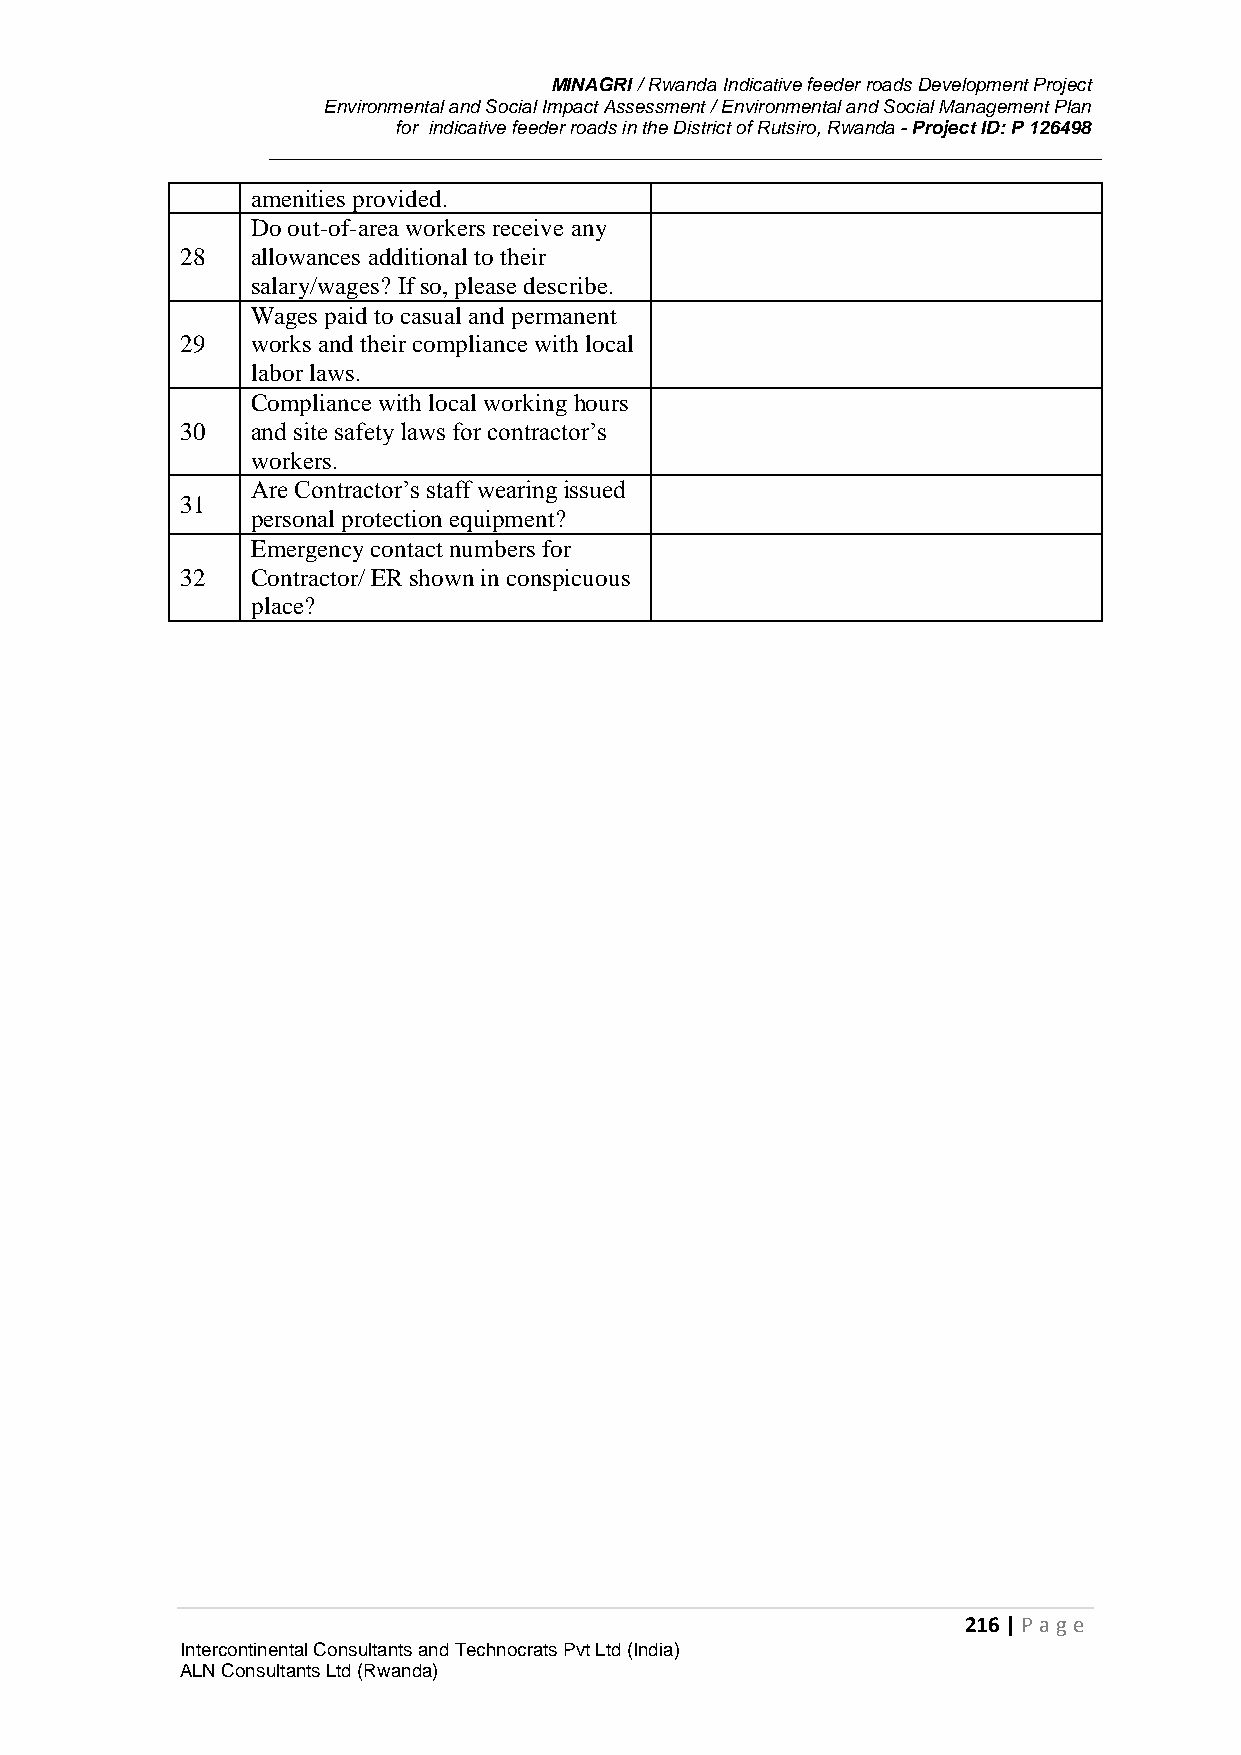
MINAGRI / Rwanda Indicative feeder roads Development Project
 Environmental and Social Impact Assessment / Environmental and Social Management Plan
 for indicative feeder roads in the District of Rutsiro, Rwanda - Project ID: P 126498
 amenities provided.
 Do out-of-area workers receive any
 28   allowances additional to their
 salary/wages? If so, please describe.
 Wages paid to casual and permanent
 29   works and their compliance with local
 labor laws.
 Compliance with local working hours
 30   and site safety laws for contractor’s
 workers.
 Are Contractor’s staff wearing issued
 31
 personal protection equipment?
 Emergency contact numbers for
 32   Contractor/ ER shown in conspicuous
 place?
 216 | P age
 Intercontinental Consultants and Technocrats Pvt Ltd (India)
 ALN Consultants Ltd (Rwanda)